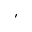
^ { \prime }